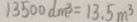
1 3 5 0 0 d m ^ { 3 } = 1 3 . 5 m ^ { 3 }